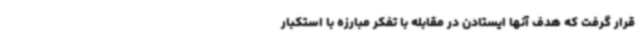
قرار گرفت که هدف آنها ایستادن در مقابله با تفکر مبارزه با استکبار